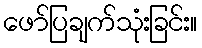
ဖော်ပြချက်သုံးခြင်း။